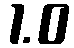
1.0